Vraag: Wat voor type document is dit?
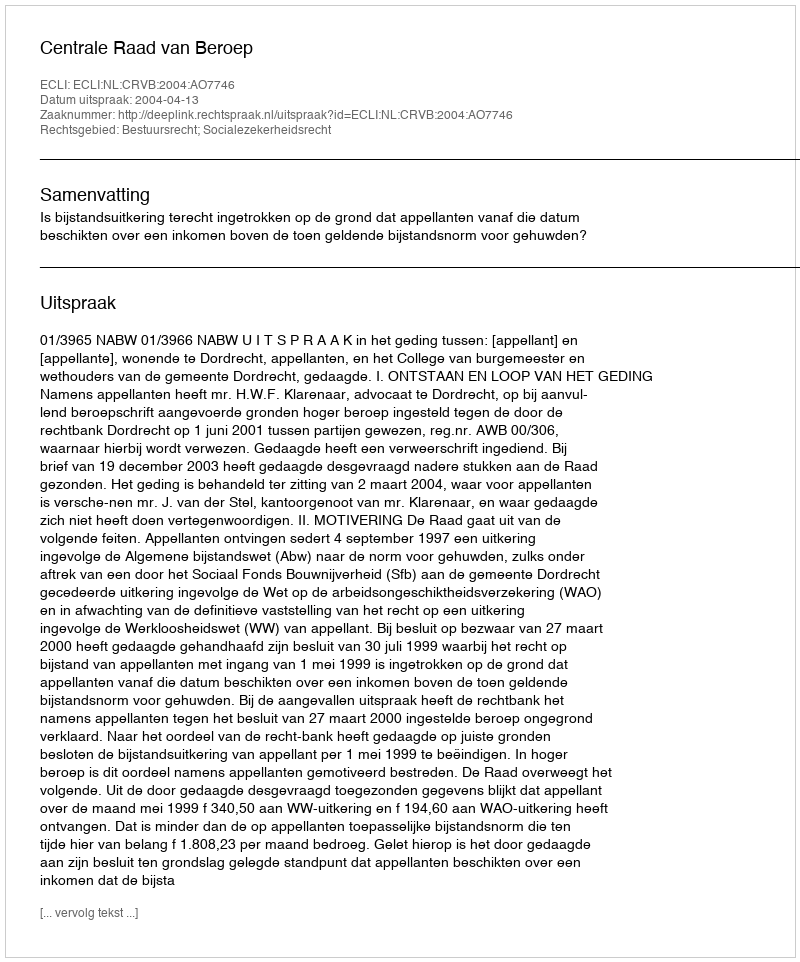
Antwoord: Uitspraak